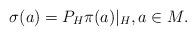
LaTeX: \begin{align*}\sigma(a)=P_H \pi(a)|_H, a\in M.\end{align*}